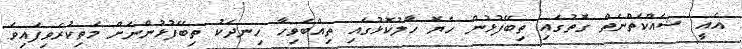
އެއީ ޝައްކަތްނެތް ގޮތުގައި ތިބޭފުޅުން ހެޔޮ ހާލުކޮޅުގައި ތިއްބެވިހާ ހިނދަކު ތިބޭފުޅުންނަށް މަތިކުރެވިފައިވަ